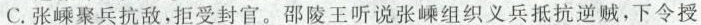
C.张嵊聚兵抗敌，拒受封官。邵陵王听说张嵊组织义兵抵抗逆贼，下令授